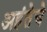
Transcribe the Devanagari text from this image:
अहंतेचे